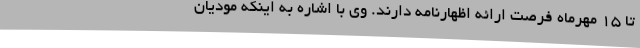
تا 15 مهرماه فرصت ارائه اظهارنامه دارند. وی با اشاره به اینکه مودیان